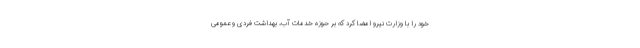
خود را با وزارت نیرو امضا کرد که بر حوزه خدمات آب، بهداشت فردی و عمومی